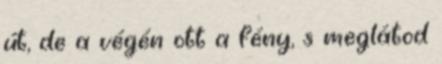
út, de a végén ott a fény, s meglátod